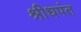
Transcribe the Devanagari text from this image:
श्रीधपंत